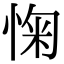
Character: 㥌